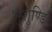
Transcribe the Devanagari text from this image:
भुशुण्डि